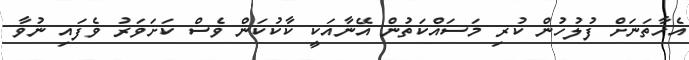
އެހާތަނަށް ފުލުހުން ކުރި މަސައްކަތުން އޭނާއަކީ ކާކުކަން ވެސް ކަށަވަރު ވެފައި ނުވާ